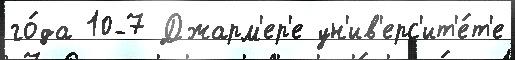
го́да 10-7 Джарм'ер'е ун'ив'ерс'ит'е́т'е